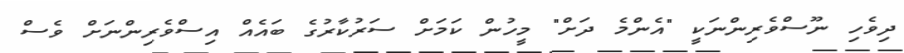
ދިވެހި ނޫސްވެރިންނަކީ "އެންމެ ދަށް" މީހުން ކަމަށް ސަރުކާރުގެ ބައެއް އިސްވެރިންނަށް ވެސް